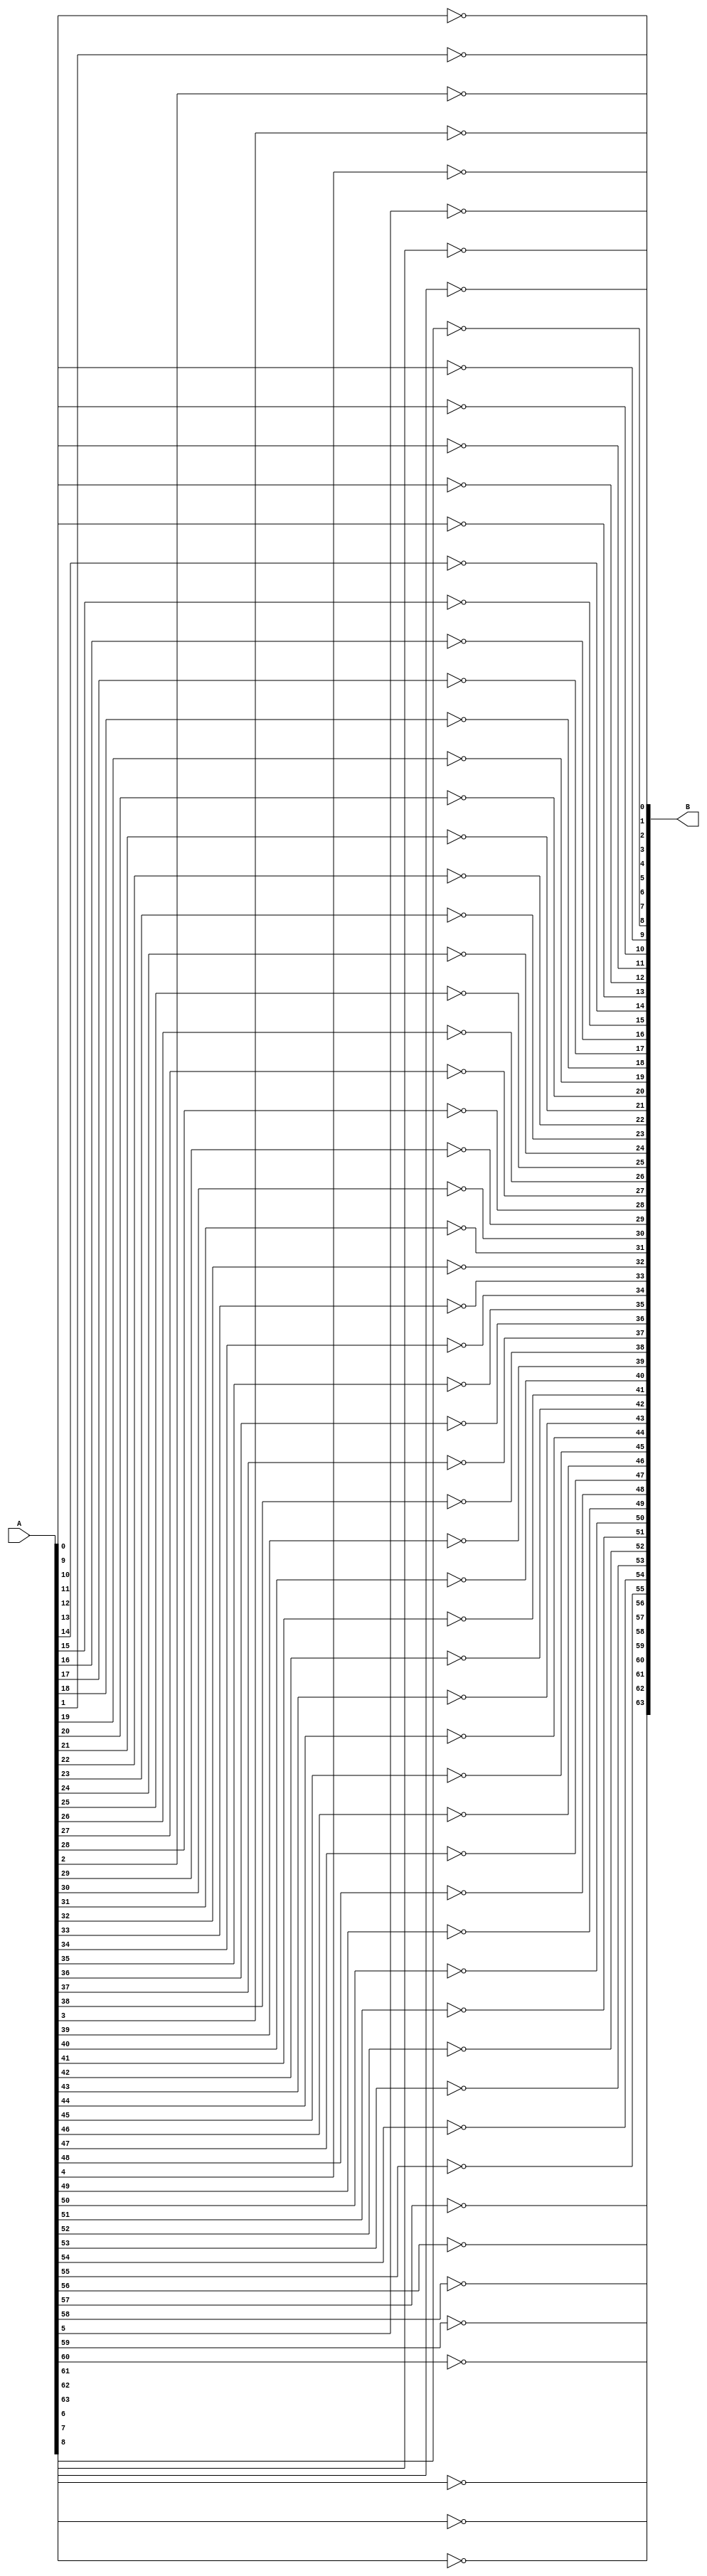
module not_block(
    input signed [63:0] A,
    output signed [63:0] B
);

genvar i;

generate for(i=0;i<64;i=i+1)
begin
    not(B[i],A[i]);
end
endgenerate

endmodule